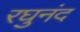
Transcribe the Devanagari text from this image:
रघुनंद